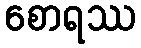
စောရဿ